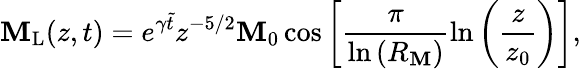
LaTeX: \mathbf{M}_{\mathrm{{L}}}(z,t)=e^{\gamma\tilde{{t}}}z^{-5/2}\mathbf{M}_{0}\cos{\bigg[\frac{{\pi}}{{\ln{(R_{\mathrm{{\mathbf{M}}}})}}}\ln{\bigg(\frac{{z}}{{z_{0}}}\bigg)}\bigg]},